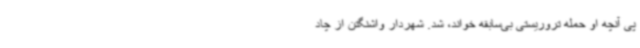
پی آنچه او حمله تروریستی بی‌سابقه خواند، شد. شهردار واشنگتن از چاد